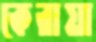
কেরায়া